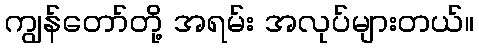
ကျွန်တော်တို့ အရမ်း အလုပ်များတယ်။